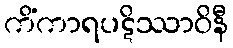
ကိံကာရပဋိဿာဝိနီ